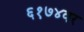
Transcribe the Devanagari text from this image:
६१७४वर